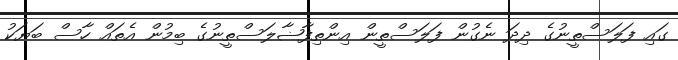
ގައި ފަލަސްތީނުގެ ދިދަ ނެގުން ފަލަސްތީން އިންތިފާޟާލަސްތީނުގެ ބިމުން އެތައް ހާސް ބަޔަކު